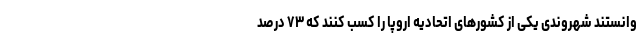
وانستند شهروندی یکی از کشورهای اتحادیه اروپا را کسب کنند که ۷۳ درصد